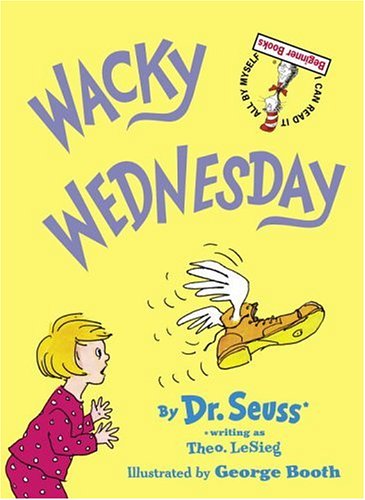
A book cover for Wacky Wednesday (Beginner Books(R)); Theo LeSieg; Children's Books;